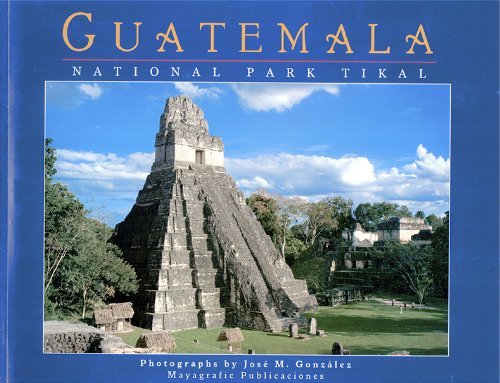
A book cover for Guatemala: Tikal National Park (English and Spanish Edition); JosÃ© M. GonzÃ¡lez; Travel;